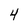
Character: 4